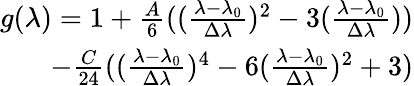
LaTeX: \begin{array}{r}{g(\lambda)=1+\frac{A}{6}((\frac{\lambda-\lambda_{0}}{\Delta\lambda})^{2}-3(\frac{\lambda-\lambda_{0}}{\Delta\lambda}))}\\ {-\frac{C}{24}((\frac{\lambda-\lambda_{0}}{\Delta\lambda})^{4}-6(\frac{\lambda-\lambda_{0}}{\Delta\lambda})^{2}+3)}\end{array}